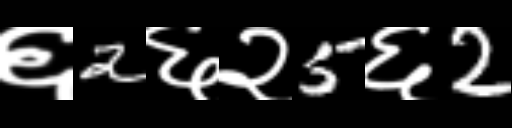
Text: ६2६२5६2